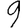
Digit: 9